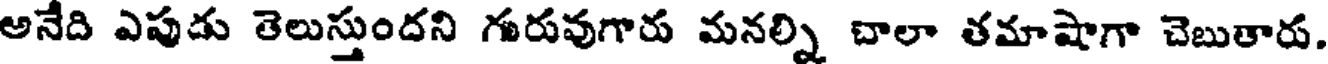
అనేది ఎపుడు తెలుస్తుందని గురువుగారు మనల్ని చాలా తమాషాగా చెబుతారు.